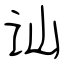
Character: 讪